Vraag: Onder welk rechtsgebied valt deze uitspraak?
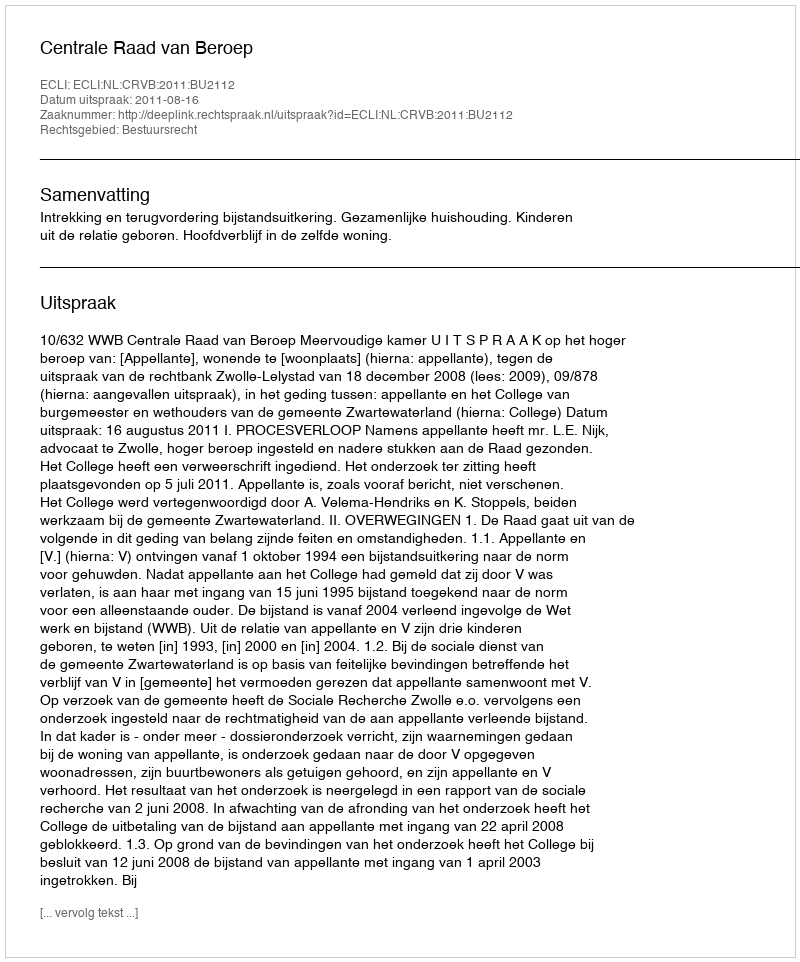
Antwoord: Bestuursrecht